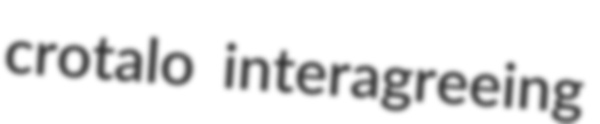
crotalo interagreeing